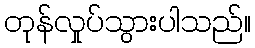
တုန်လှုပ်သွားပါသည်။